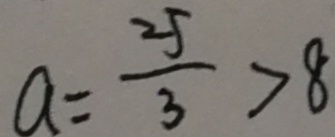
a = \frac { 2 5 } { 3 } > 8